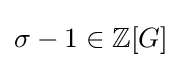
\sigma -1\in \mathbb {Z} [G]